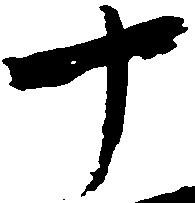
十